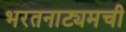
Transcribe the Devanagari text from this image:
भरतनाट्यमची